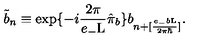
\tilde { b } _ { n } \equiv \exp \{ - i \frac { 2 \pi } { e _ { - } \mathrm { L } } \hat { \pi } _ { b } \} b _ { n + [ \frac { e _ { - } b \mathrm { L } } { 2 { \pi } { \hbar } } ] } .